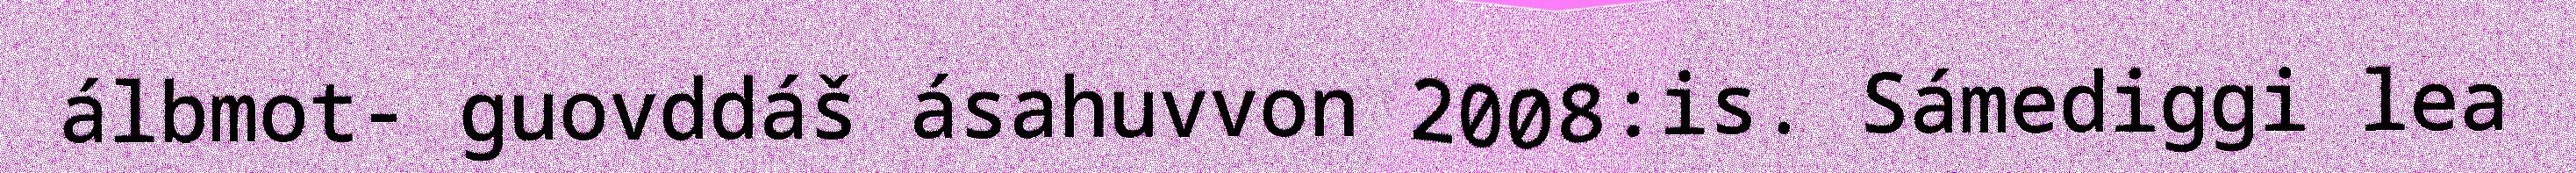
álbmot- guovddáš ásahuvvon 2008:is. Sámediggi lea